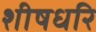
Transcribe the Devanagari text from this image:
शीषधरि